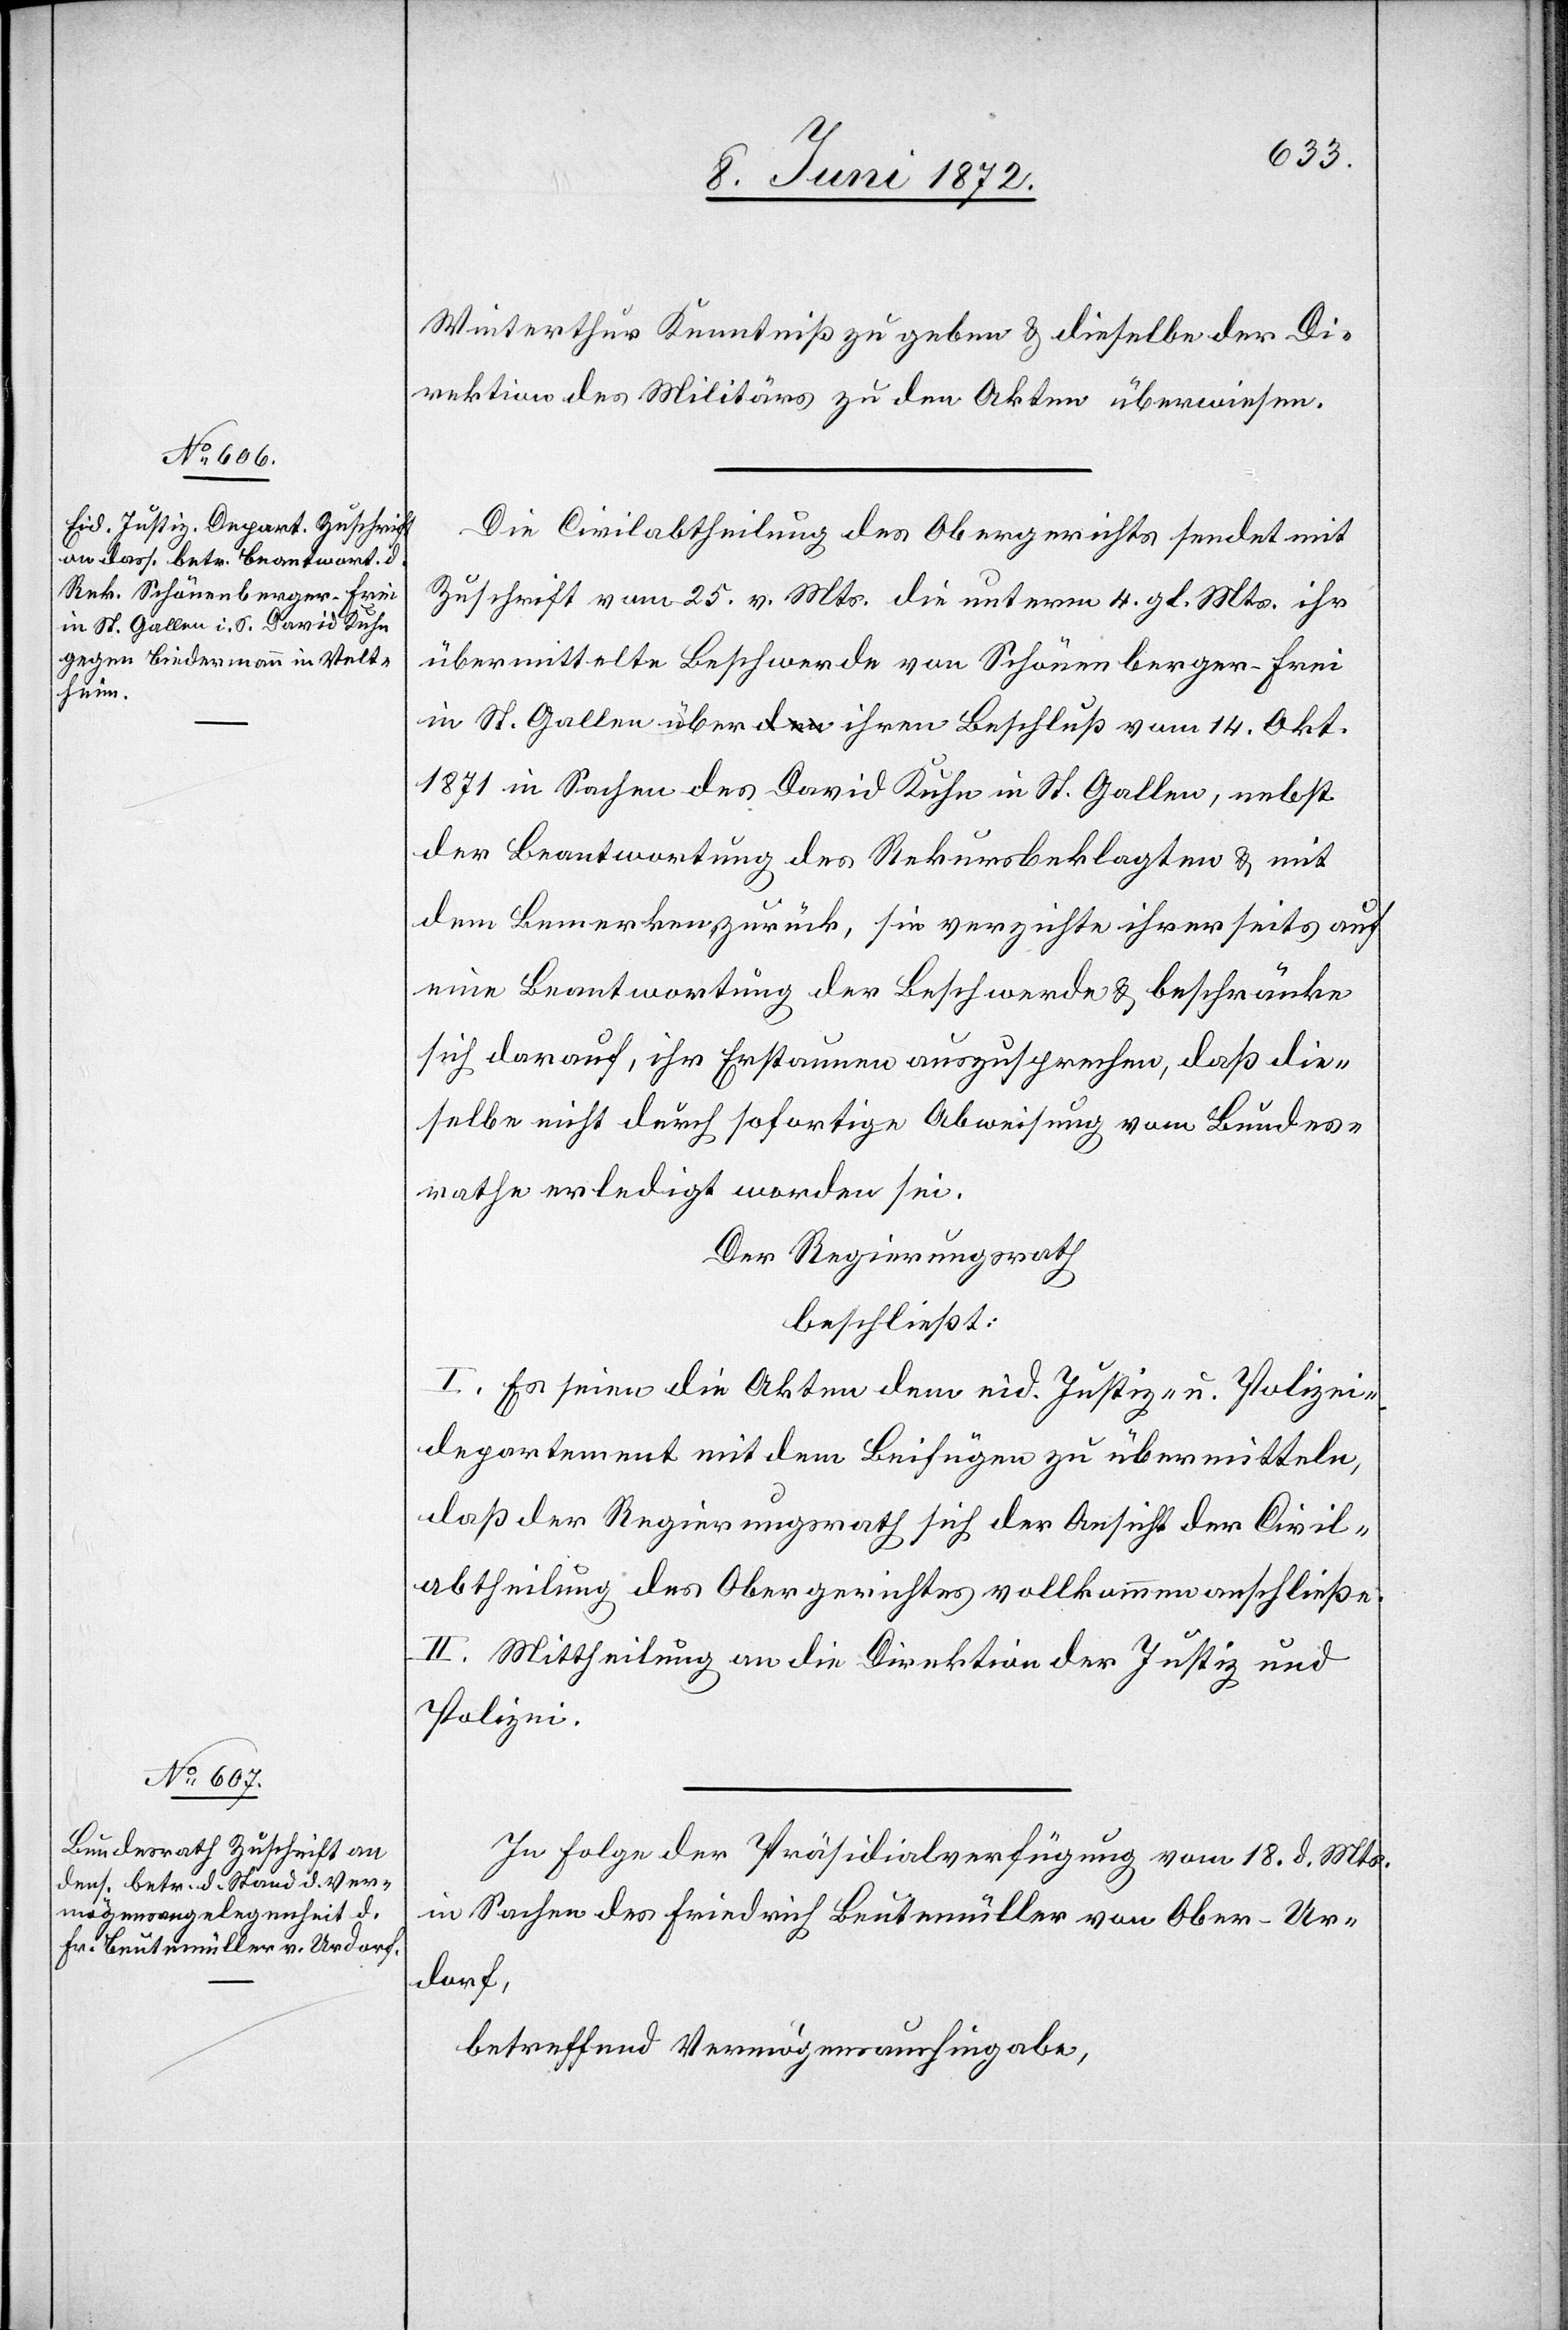
Winterthur Kenntniß zu geben u. dieselbe der Di¬
rektion des Militärs zu den Akten überwiesen.
Die Civilabtheilung des Obergerichts sendet mit
Zuschrift vom 25. v. Mts. die unterm 4. gl. Mts. ihr
übermittelte Beschwerde von Schönenberger-Frei
in St. Gallen über ihren Beschluß vom 14. Okt.
1871 in Sachen des David Kuhn in St. Gallen, nebst
der Beantwortung des Rekursbeklagten u. mit
dem Bemerken zurück, sie verzichte ihrerseits auf
eine Beantwortung der Beschwerde u. beschränke
sich darauf, ihr Erstaunen auszusprechen, daß die¬
selbe nicht durch sofortige Abweisung vom Bundes¬
rathe erledigt worden sei.
Der Regierungsrath
beschließt:
I. Es seien die Akten dem eid. Justiz- u. Polizei¬
departement mit dem Beifügen zu übermitteln,
daß der Regierungsrath sich der Ansicht der Civil¬
abtheilung des Obergerichtes vollkommen anschließe.
II. Mittheilung an die Direktion der Justiz und
Polizei.
In Folge der Präsidialverfügung vom 18. d. Mts.
in Sachen des Friedrich Beutenmüller von Ober-Ur¬
dorf,
betreffend Vermögensaushingabe,